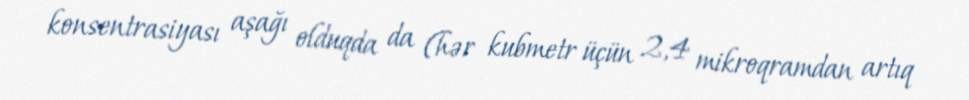
konsentrasiyası aşağı olduqda da (hər kubmetr üçün 2,4 mikroqramdan artıq